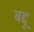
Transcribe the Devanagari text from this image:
बद्दू